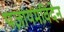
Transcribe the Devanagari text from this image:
पज़ायमविदेन